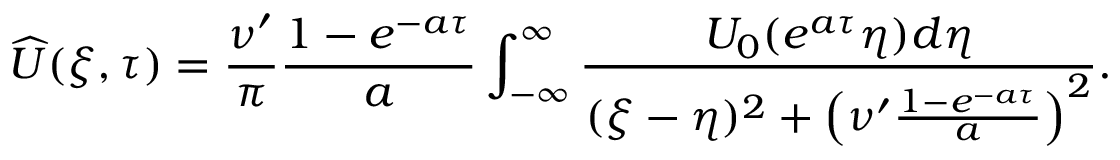
\widehat { U } ( \xi , \tau ) = \frac { \nu ^ { \prime } } { \pi } \frac { 1 - e ^ { - a \tau } } { a } \int _ { - \infty } ^ { \infty } \frac { U _ { 0 } ( e ^ { a \tau } \eta ) d \eta } { ( \xi - \eta ) ^ { 2 } + \left( \nu ^ { \prime } \frac { 1 - e ^ { - a \tau } } { a } \right) ^ { 2 } } .